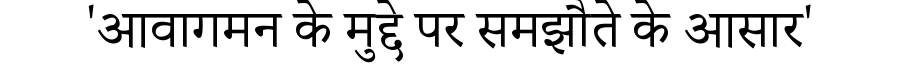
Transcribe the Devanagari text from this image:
'आवागमन के मुद्दे पर समझौते के आसार'